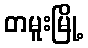
တမူးမြို့